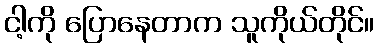
ငါ့ကို ပြောနေတာက သူကိုယ်တိုင်။